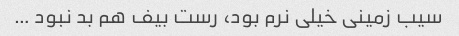
سیب زمینی خیلی نرم بود، رست بیف هم بد نبود …